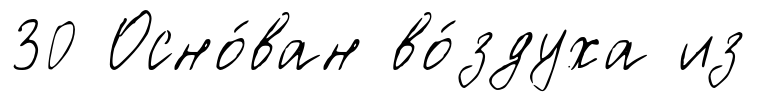
30 Осно́ван во́здуха из